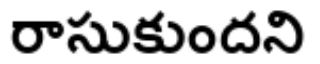
రాసుకుందని